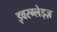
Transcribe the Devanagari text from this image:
इवरग्लेड्ज़